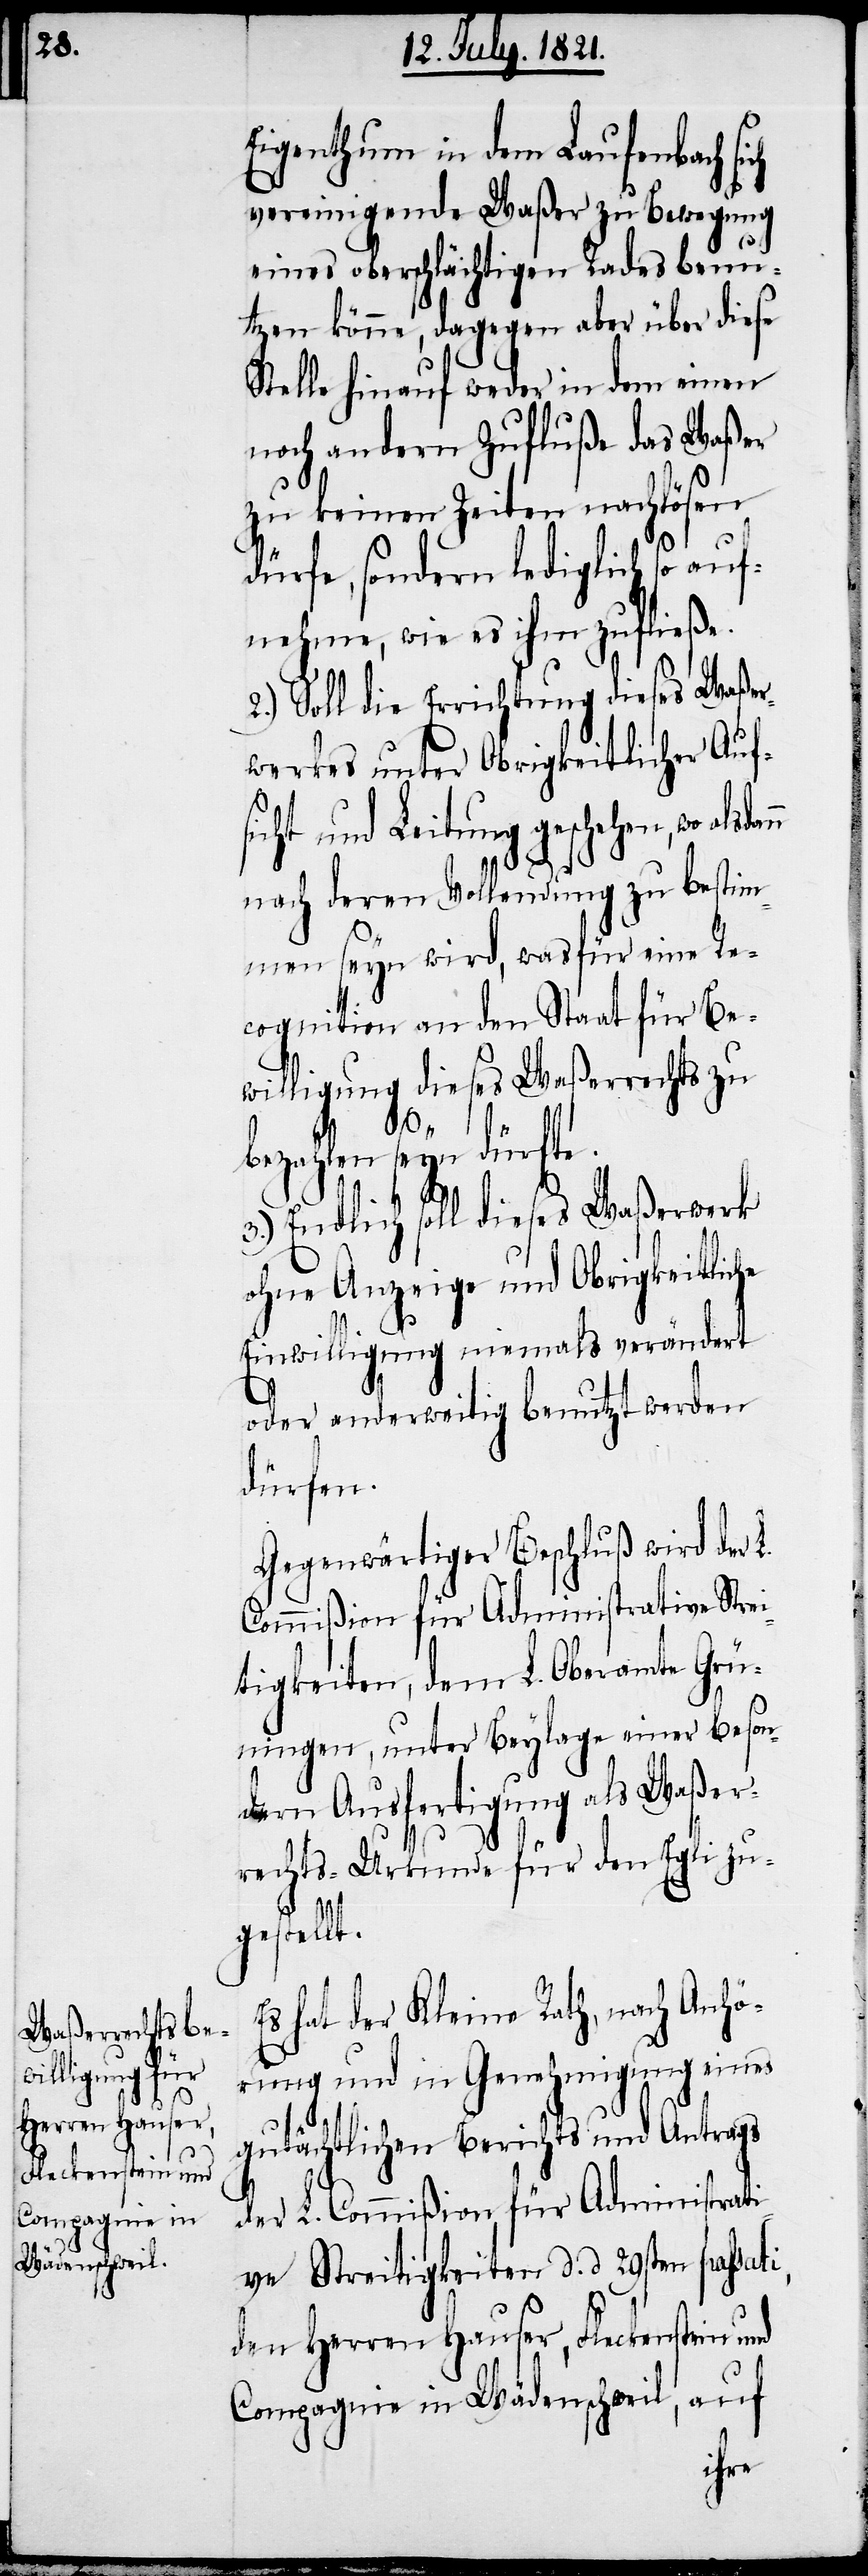
Eigenthum in dem Laufenbach si¬
vereinigende Waßer zu Bewegung
eines oberschlächtigen Rades benu¬
tzen könne, dagegen aber über diese
Stelle hinauf weder in dem einen
noch andern Zufluße das Waßer
zu keinen Zeiten nachlösen
dürfe, sondern lediglich so auf¬
nehme, wie es ihm zufließe.
2.) Soll die Errichtung dieses Waßer¬
werkes unter Obrigkeitlicher Auf¬
icht und Leitung geschehen, wo
nach deren Vollendung zu bestim¬
men seyn wird, wasfür eine Re¬
cognition an den Staat für Be¬
willigung dieses Waßerrechts zu
i,
s¬
bezahlen seyn dürfte.
3.) Endlich soll dieses Waßerwerk
ohne Anzeige und Obrigkeitliche
Einwilligung niemals verändert
oder anderweitig benutzt werden
dürfen.
Gegenwärtiger Beschluß wird der
Commißion für Administrative Stre¬
itigkeiten, dem L. Oberamte Grü¬
ningen, unter Beylage einer beson¬
dern Ausfertigung als Waßer¬
rechts-Urkunde für den Egli zu¬
gestellt.
Es hat der Kleine Rath, nach Anhö¬
rung und in Genehmigung eines
gutächtlichen Berichts und Antrags
der L. Commißion für Administrati¬
ve Streitigkeiten d. d. 29sten passat¬
den Herren Hauser, Fleckenstein und
Compagnie in Wädenschweil, auf